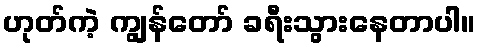
ဟုတ်ကဲ့ ကျွန်တော် ခရီးသွားနေတာပါ။